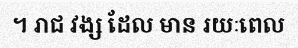
។ រាជ វង្ស ដែល មាន រយៈពេល